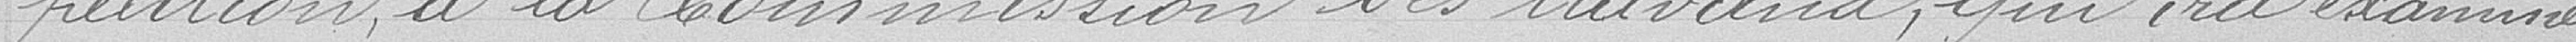
pétition à la Commission des travaux qui ira examiner